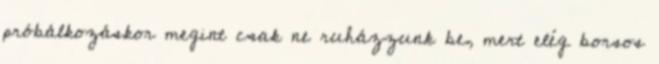
próbálkozáskor megint csak ne ruházzunk be, mert elég borsos